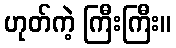
ဟုတ်ကဲ့ ကြီးကြီး။